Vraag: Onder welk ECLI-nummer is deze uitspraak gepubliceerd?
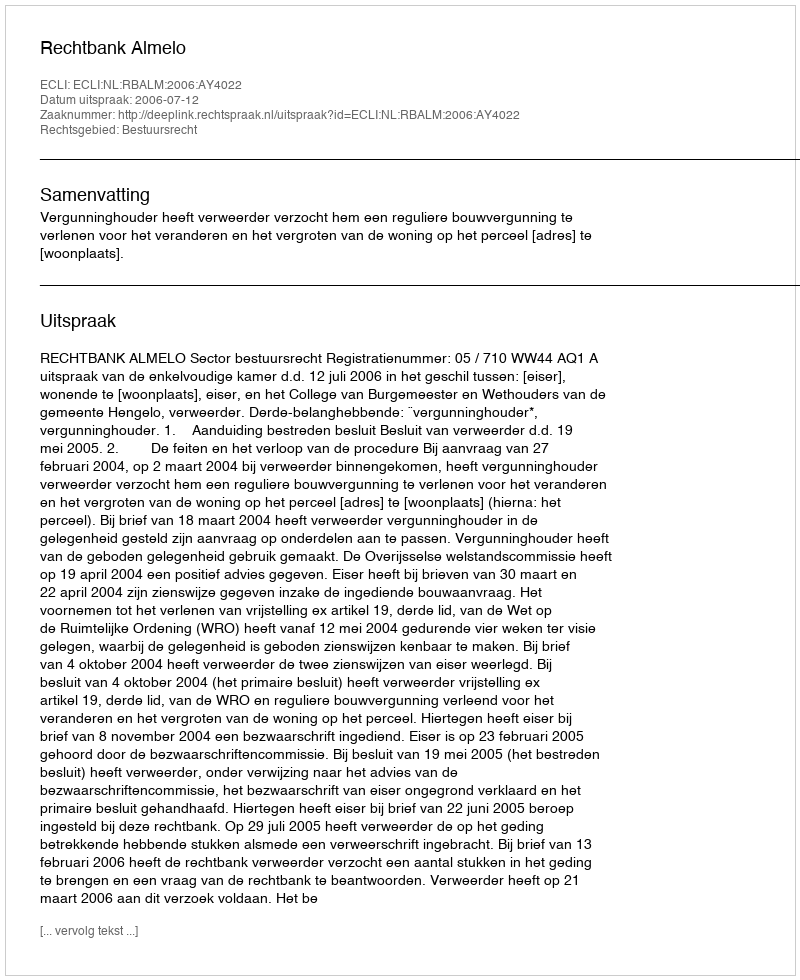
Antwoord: ECLI:NL:RBALM:2006:AY4022